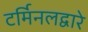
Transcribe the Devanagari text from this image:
टर्मिनलद्वारे